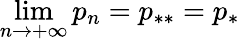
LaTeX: \operatorname*{lim}_{n\to+\infty}p_{n}=p_{**}=p_{*}